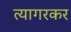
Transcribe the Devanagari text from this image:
त्यागरकर